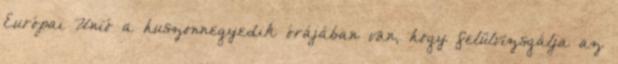
Európai Unió a huszonnegyedik órájában van, hogy felülvizsgálja az